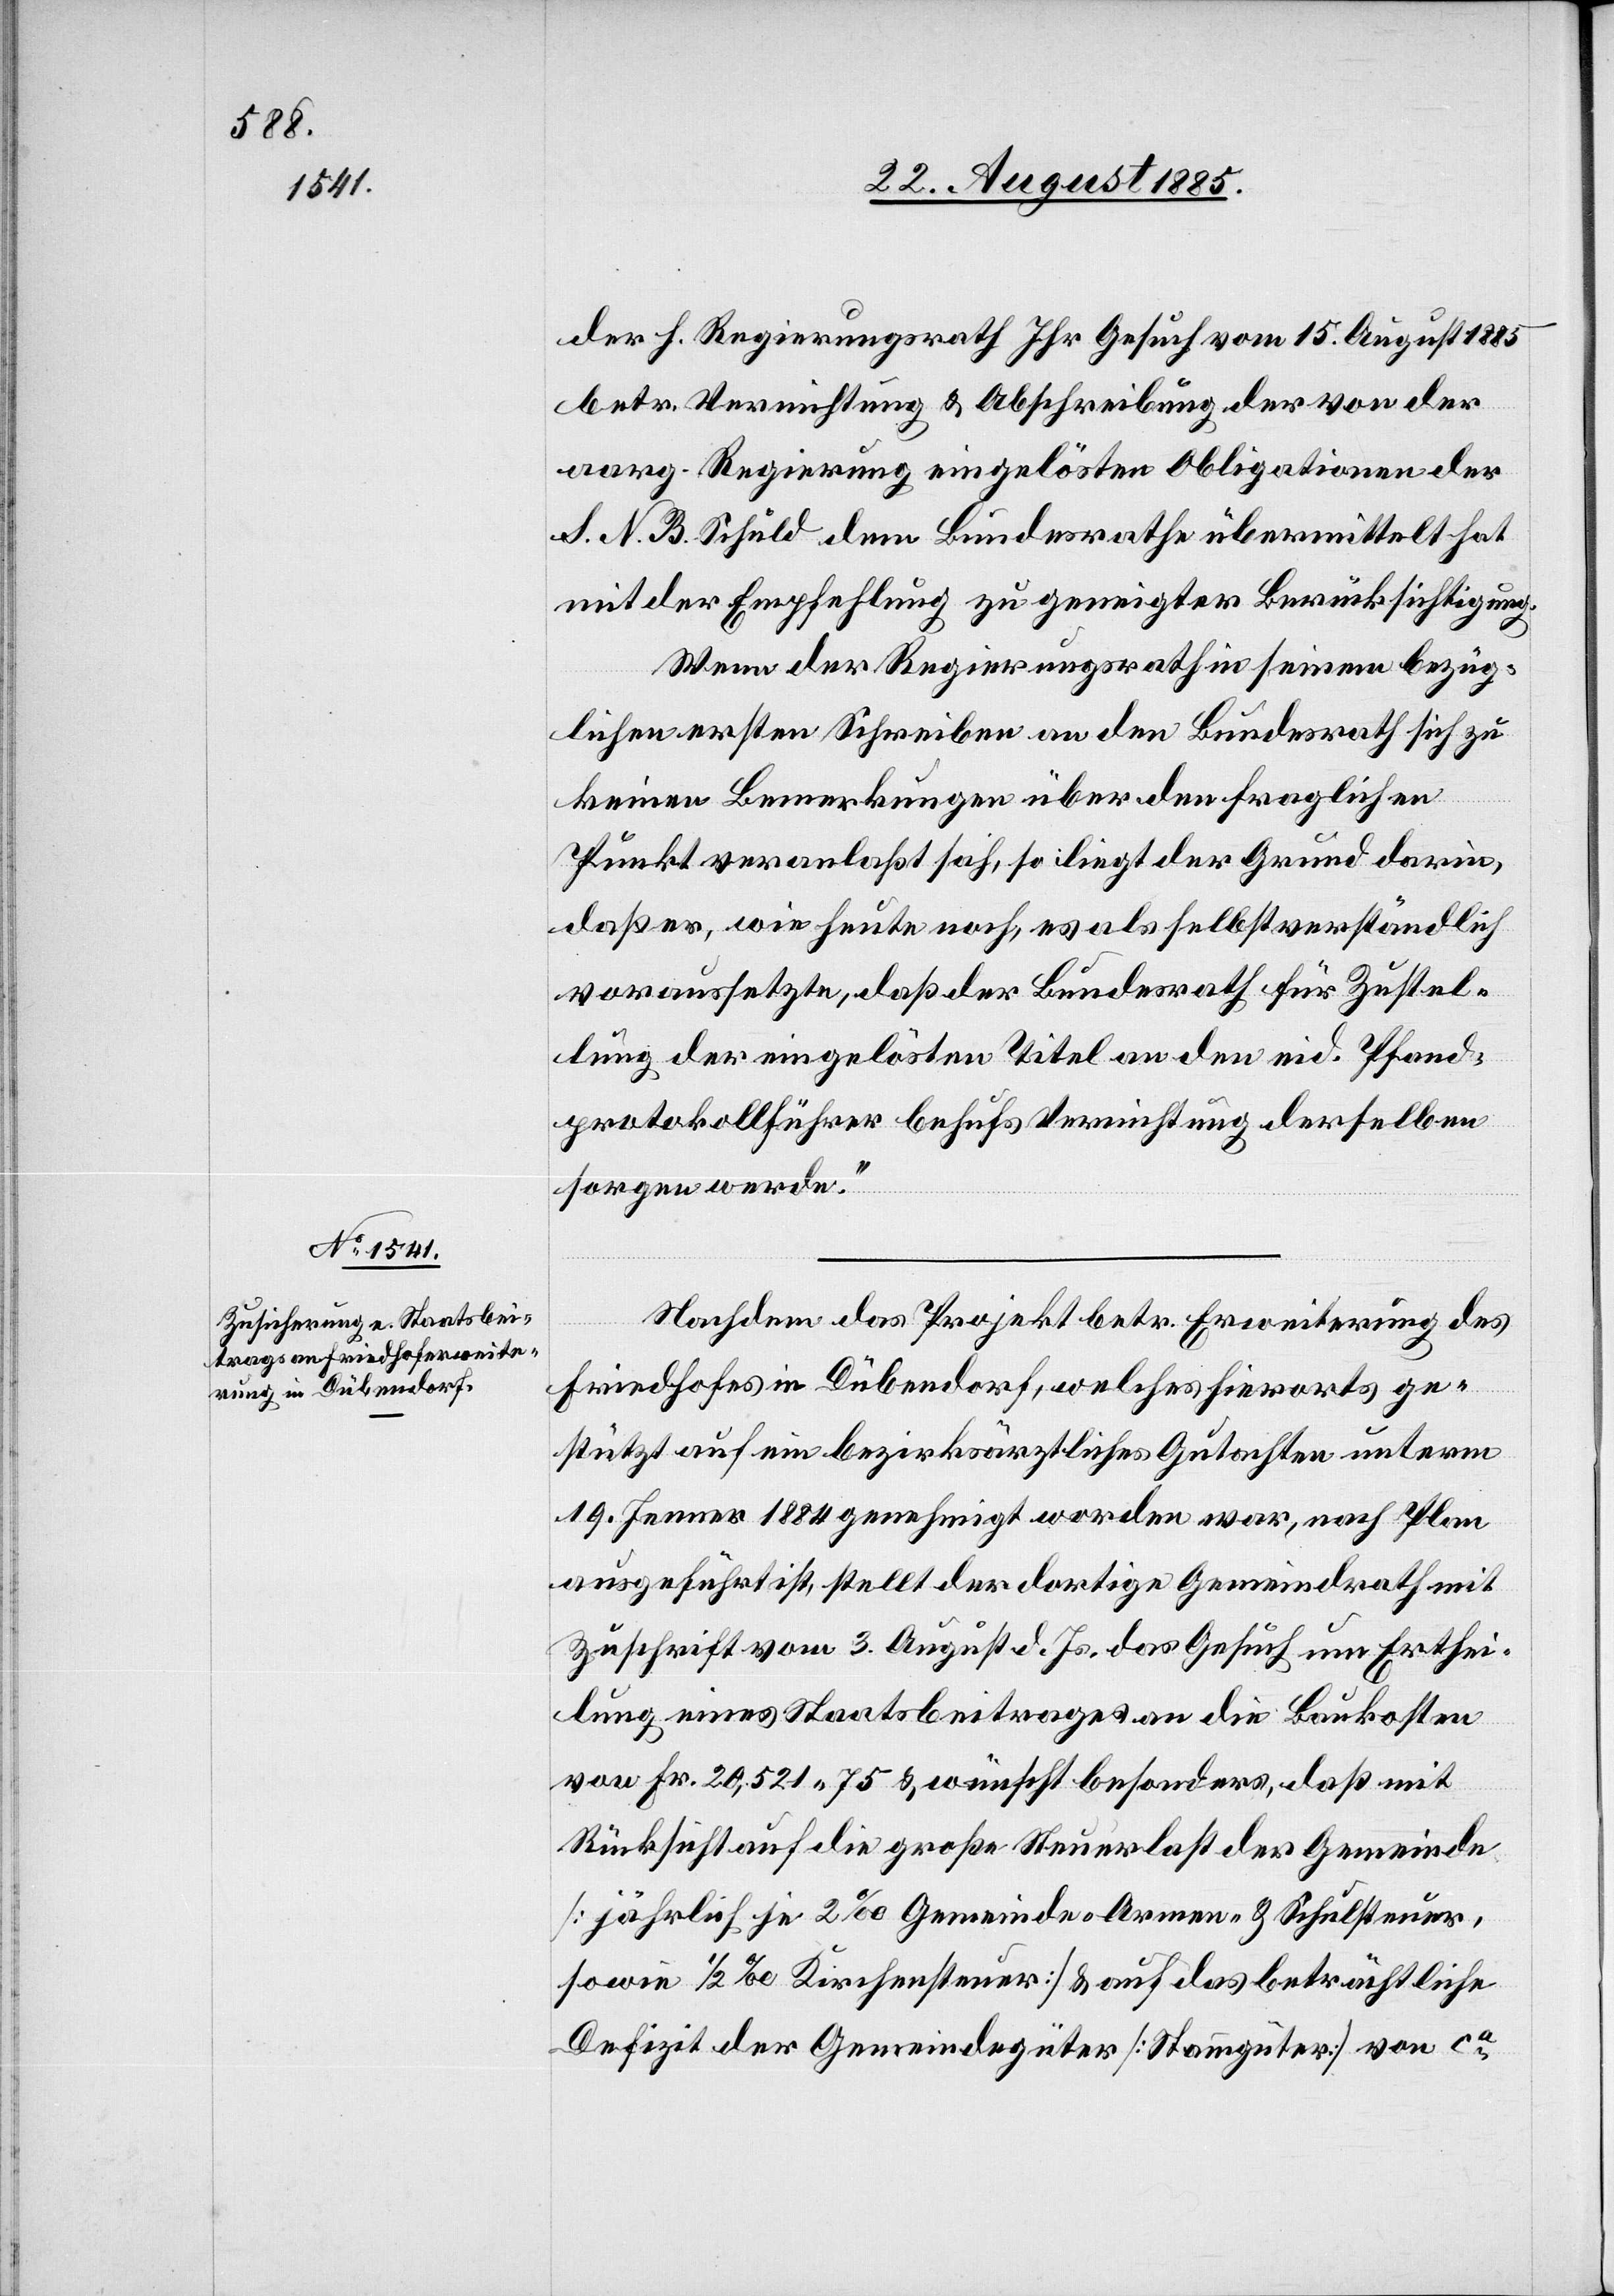
der h. Regierungsrath Ihr Gesuch vom 15. August 1885
betr. Vernichtung & Abschreibung der von der
aarg. Regierung eingelösten Obligationen der
S. N. B. Schuld dem Bundesrathe übermittelt hat
mit der Empfehlung zu geneigter Berücksichtigung.
Wenn der Regierungsrath in seinem bezüg¬
lichen ersten Schreiben an den Bundesrath sich zu
keinen Bemerkungen über den fraglichen
Punkt veranlaßt sah, so liegt der Grund darin,
daß er, wie heute noch, es als selbstverständlich
voraussetzte, daß der Bundesrath für Zustel¬
lung der eingelösten Titel an den eid. Pfand¬
protokollführer behufs Vernichtung derselben
sorgen werde.“
Nachdem das Projekt betr. Erweiterung des
Friedhofes in Dübendorf, welches hierorts ge¬
stützt auf ein bezirksärztliches Gutachten unterm
19. Jenner 1884 genehmigt worden war, nach Plan
ausgeführt ist, stellt der dortige Gemeindrath mit
Zuschrift vom 3. August d. Js. das Gesuch um Erthei¬
lung eines Staatsbeitrages an die Baukosten
von Fr. 20,521 75 & wünscht besonders, daß mit
Rücksicht auf die große Steuerlast der Gemeinde
[jährlich je 2‰ Gemeinde- Armen & Schulsteuer,
sowie 1/2‰ Kirchensteuer] & auf das beträchtliche
Defizit der Gemeindegüter [Stammgüter] von ca